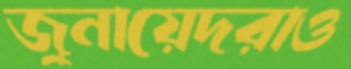
জুনায়েদরাও